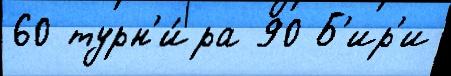
60 турн'и́ра 90 Б'ир'и